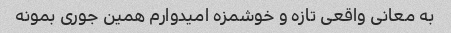
به معانى واقعى تازه و خوشمزه امیدوارم همین جورى بمونه